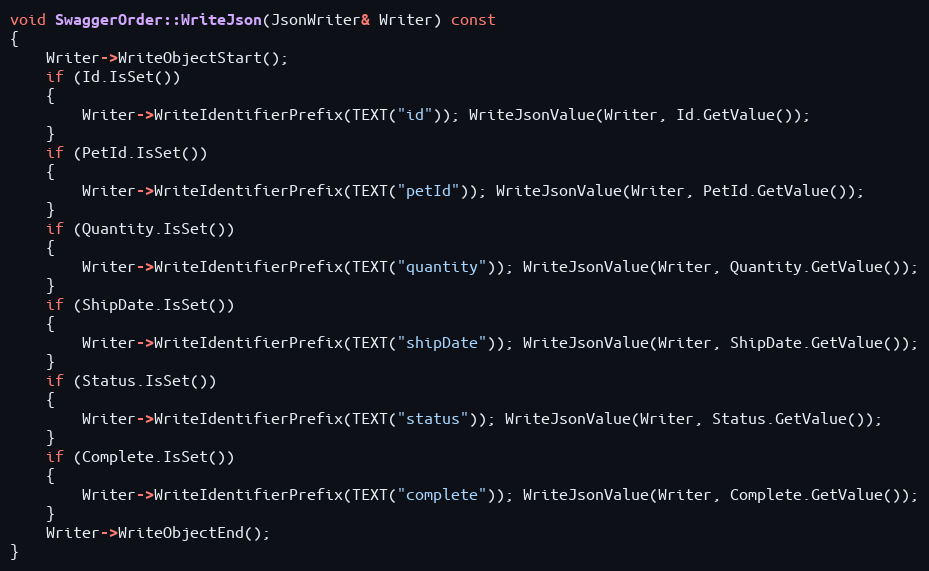
Language: C++
void SwaggerOrder::WriteJson(JsonWriter& Writer) const
{
	Writer->WriteObjectStart();
	if (Id.IsSet())
	{
		Writer->WriteIdentifierPrefix(TEXT("id")); WriteJsonValue(Writer, Id.GetValue());
	}
	if (PetId.IsSet())
	{
		Writer->WriteIdentifierPrefix(TEXT("petId")); WriteJsonValue(Writer, PetId.GetValue());
	}
	if (Quantity.IsSet())
	{
		Writer->WriteIdentifierPrefix(TEXT("quantity")); WriteJsonValue(Writer, Quantity.GetValue());
	}
	if (ShipDate.IsSet())
	{
		Writer->WriteIdentifierPrefix(TEXT("shipDate")); WriteJsonValue(Writer, ShipDate.GetValue());
	}
	if (Status.IsSet())
	{
		Writer->WriteIdentifierPrefix(TEXT("status")); WriteJsonValue(Writer, Status.GetValue());
	}
	if (Complete.IsSet())
	{
		Writer->WriteIdentifierPrefix(TEXT("complete")); WriteJsonValue(Writer, Complete.GetValue());
	}
	Writer->WriteObjectEnd();
}